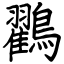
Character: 鸐